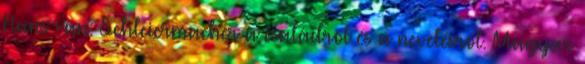
Hans van: Schleiermacher a családról és a nevelésről. Magyar